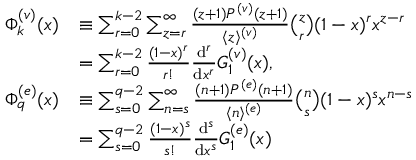
\begin{array} { r l } { \Phi _ { k } ^ { ( v ) } ( x ) } & { \equiv \sum _ { r = 0 } ^ { k - 2 } \sum _ { z = r } ^ { \infty } { \frac { ( z + 1 ) P ^ { ( v ) } ( z + 1 ) } { \langle z \rangle ^ { ( v ) } } } \binom { z } { r } ( 1 - x ) ^ { r } x ^ { z - r } } \\ & { = \sum _ { r = 0 } ^ { k - 2 } { \frac { ( 1 - x ) ^ { r } } { r ! } } { \frac { \mathrm { d } ^ { r } } { \mathrm { d } x ^ { r } } } G _ { 1 } ^ { ( v ) } ( x ) , } \\ { \Phi _ { q } ^ { ( e ) } ( x ) } & { \equiv \sum _ { s = 0 } ^ { q - 2 } \sum _ { n = s } ^ { \infty } { \frac { ( n + 1 ) P ^ { ( e ) } ( n + 1 ) } { \langle n \rangle ^ { ( e ) } } } \binom { n } { s } ( 1 - x ) ^ { s } x ^ { n - s } } \\ & { = \sum _ { s = 0 } ^ { q - 2 } { \frac { ( 1 - x ) ^ { s } } { s ! } } { \frac { \mathrm { d } ^ { s } } { \mathrm { d } x ^ { s } } } G _ { 1 } ^ { ( e ) } ( x ) } \end{array}